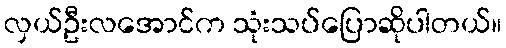
လှယ်ဦးလအောင်က သုံးသပ်ပြောဆိုပါတယ်။